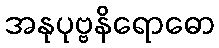
အနုပုဗ္ဗနိရောဓော